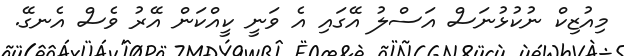
މިއުޒިކް ނުކުޅުނަސް އަސްލު އޭގައި އެ ވަނީ ކީއްކަން އޭރު ވެސް އެނގޭ.